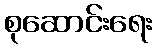
စုဆောင်းရေး